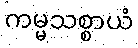
ကမ္မသစ္စာယံ